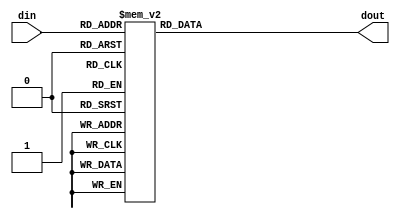
// *!***************************************************************************
// *! Copyright 2019 International Business Machines
// *!
// *! Licensed under the Apache License, Version 2.0 (the "License");
// *! you may not use this file except in compliance with the License.
// *! You may obtain a copy of the License at
// *! http://www.apache.org/licenses/LICENSE-2.0 
// *!
// *! The patent license granted to you in Section 3 of the License, as applied
// *! to the "Work," hereby includes implementations of the Work in physical form.  
// *!
// *! Unless required by applicable law or agreed to in writing, the reference design
// *! distributed under the License is distributed on an "AS IS" BASIS,
// *! WITHOUT WARRANTIES OR CONDITIONS OF ANY KIND, either express or implied.
// *! See the License for the specific language governing permissions and
// *! limitations under the License.
// *! 
// *! The background Specification upon which this is based is managed by and available from
// *! the OpenCAPI Consortium.  More information can be found at https://opencapi.org. 
// *!***************************************************************************
`timescale 1ns / 1ps

module mcp3_decoder4x016 (

    input        [3:0] din 
  , output reg  [15:0] dout

  );

  always @*
    case ( din[3:0] )
      4'b1111 :  dout[15:0] =  16'b1000000000000000;
      4'b1110 :  dout[15:0] =  16'b0100000000000000;
      4'b1101 :  dout[15:0] =  16'b0010000000000000; 
      4'b1100 :  dout[15:0] =  16'b0001000000000000; 
      4'b1011 :  dout[15:0] =  16'b0000100000000000;
      4'b1010 :  dout[15:0] =  16'b0000010000000000;
      4'b1001 :  dout[15:0] =  16'b0000001000000000; 
      4'b1000 :  dout[15:0] =  16'b0000000100000000; 
      4'b0111 :  dout[15:0] =  16'b0000000010000000;
      4'b0110 :  dout[15:0] =  16'b0000000001000000;
      4'b0101 :  dout[15:0] =  16'b0000000000100000; 
      4'b0100 :  dout[15:0] =  16'b0000000000010000; 
      4'b0011 :  dout[15:0] =  16'b0000000000001000;
      4'b0010 :  dout[15:0] =  16'b0000000000000100;
      4'b0001 :  dout[15:0] =  16'b0000000000000010; 
      4'b0000 :  dout[15:0] =  16'b0000000000000001; 
    endcase

endmodule